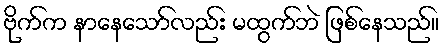
ဗိုက်က နာနေသော်လည်း မထွက်ဘဲ ဖြစ်နေသည်။